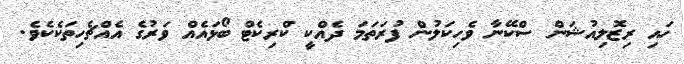
ހައި ރިޒޮލިއުޝަން ސްކޭނާ ވެހިކަލުން ފުރަތަމަ ދެއްކީ ކްރިކެޓް ބޯޅައެއް ވަރުގެ އެއްޗެހިތަކެކެވެ.